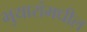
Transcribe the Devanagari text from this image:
भुयारांमधील